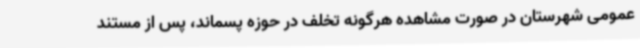
عمومی شهرستان در صورت مشاهده هرگونه تخلف در حوزه پسماند، پس از مستند